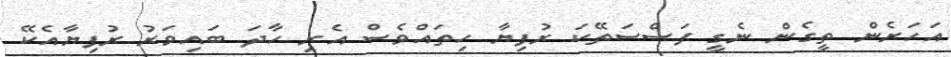
އަހަރެން ތީގެން ނެގީ ފަސްސަތޭކަ ރުފިޔާ ހިތައްވެސް އެރި ހާދަ ބައިވަރު ރުފިޔާއެކޭ